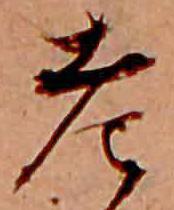
老